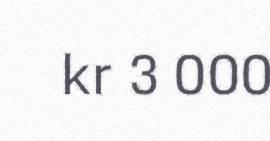
kr 3 000